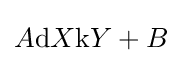
A{\text{d}}X{\text{k}}Y+B